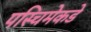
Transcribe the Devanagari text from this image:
पस्चिमेकडे